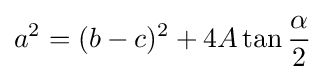
a^{2}=(b-c)^{2}+4A\tan {\frac {\alpha }{2}}